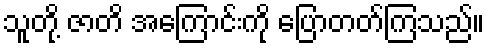
သူတို့ ဇာတိ အကြောင်းကို ပြောတတ်ကြသည်။